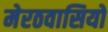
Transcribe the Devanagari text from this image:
मेरठवासियों